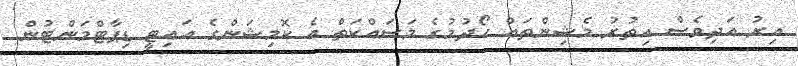
އިރު އަދިވެސް އިތުރު މެޝިންތައް ހޯދުމުގެ މަސައްކަތް އެ ކޮމިޝަންގެ އައިޓީ ޑިޕާޓްމަންޓުން